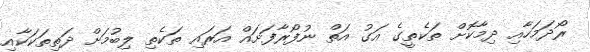
ރޯދަމަހާއި ދިމާކޮށް ތަކެތީގެ އަގު އަތް ނުފޯރާފަށައް އަރައި ތަކެތި ލިބުމަށް ދަތިތަކަކާއި